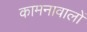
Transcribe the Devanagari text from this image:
कामनावालों